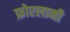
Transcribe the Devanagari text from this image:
फ़ोरलानी